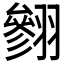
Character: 𱻣